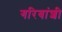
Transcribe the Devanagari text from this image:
गरिबांशी